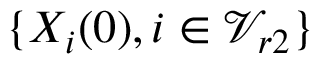
\{ X _ { i } ( 0 ) , i \in \mathcal { V } _ { r 2 } \}